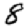
Digit: 8